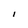
Character: l